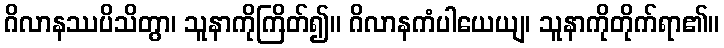
ဂိလာနဿပိသိတွာ၊ သူနာကိုကြိတ်၍။ ဂိလာနကံပါယေယျ၊ သူနာကိုတိုက်ရာ၏။